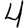
Digit: 4